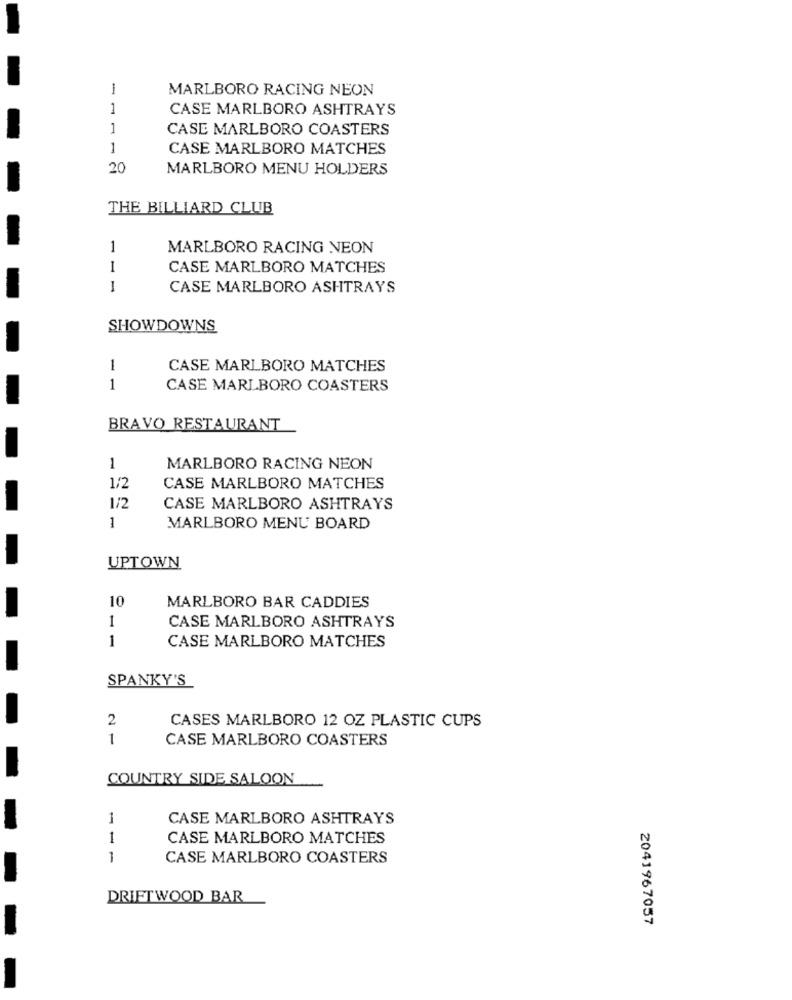
1
MARLBORO RACING NEON
1
CASE MARLBORO ASHTRAYS
1
CASE MARLBORO COASTERS
1
CASE MARLBORO MATCHES
20
MARLBORO MENU HOLDERS
THE BILLIARD CLUB
1
MARLBORO RACING NEON
1
CASE MARLBORO MATCHES
-
CASE MARLBORO ASHTRAYS
SHOWDOWNS
1
CASE MARLBORO MATCHES
1
CASE MARLBORO COASTERS
BRAVO RESTAURANT
1
MARLBORO RACING NEON
1/2
CASE MARLBORO MATCHES
1/2
CASE MARLBORO ASHTRAYS
1
MARLBORO MENU BOARD
UPTOWN
10
MARLBORO BAR CADDIES
1
CASE MARLBORO ASHTRAYS
1
CASE MARLBORO MATCHES
SPANKY'S
2
CASES MARLBORO 12 OZ PLASTIC CUPS
1
CASE MARLBORO COASTERS
COUNTRY SIDE SALOON
1
CASE MARLBORO ASHTRAYS
1
CASE MARLBORO MATCHES
1
CASE MARLBORO COASTERS
DRIFTWOOD BAR
2041967057